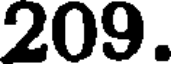
209.